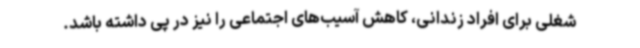
شغلی برای افراد زندانی، کاهش آسیب‌های اجتماعی را نیز در پی داشته باشد.